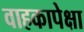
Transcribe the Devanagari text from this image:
वाहकापेक्षा